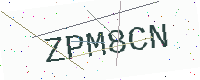
Text: ZPM8CN